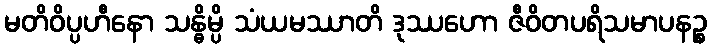
မတိဝိပ္ပဟီနော သန္ဓိမ္ပိ သံယမဿာတိ ဒုဿဟော ဇီဝိတပရိသမာပနဉ္စ